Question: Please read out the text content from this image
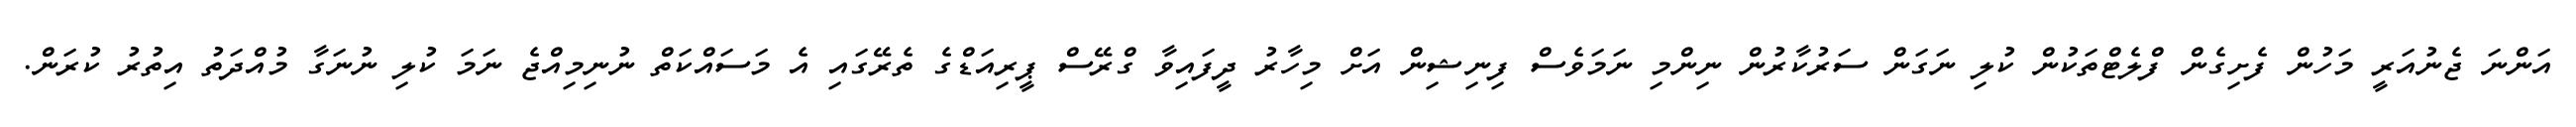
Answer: އަންނަ ޖެނުއަރީ މަހުން ފެށިގެން ފްލެޓްތަކުން ކުލި ނަގަން ސަރުކާރުން ނިންމި ނަމަވެސް ފިނިޝިން އަށް މިހާރު ދީފައިވާ ގްރޭސް ޕީރިއަޑްގެ ތެރޭގައި އެ މަސައްކަތް ނުނިމިއްޖެ ނަމަ ކުލި ނުނަގާ މުއްދަތު އިތުރު ކުރަން.